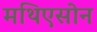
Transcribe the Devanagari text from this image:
मथिएसोन